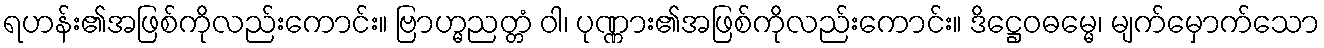
ရဟန်း၏အဖြစ်ကိုလည်းကောင်း။ ဗြာဟ္မညတ္တံ ဝါ၊ ပုဏ္ဏား၏အဖြစ်ကိုလည်းကောင်း။ ဒိဋ္ဌေဝဓမ္မေ၊ မျက်မှောက်သော